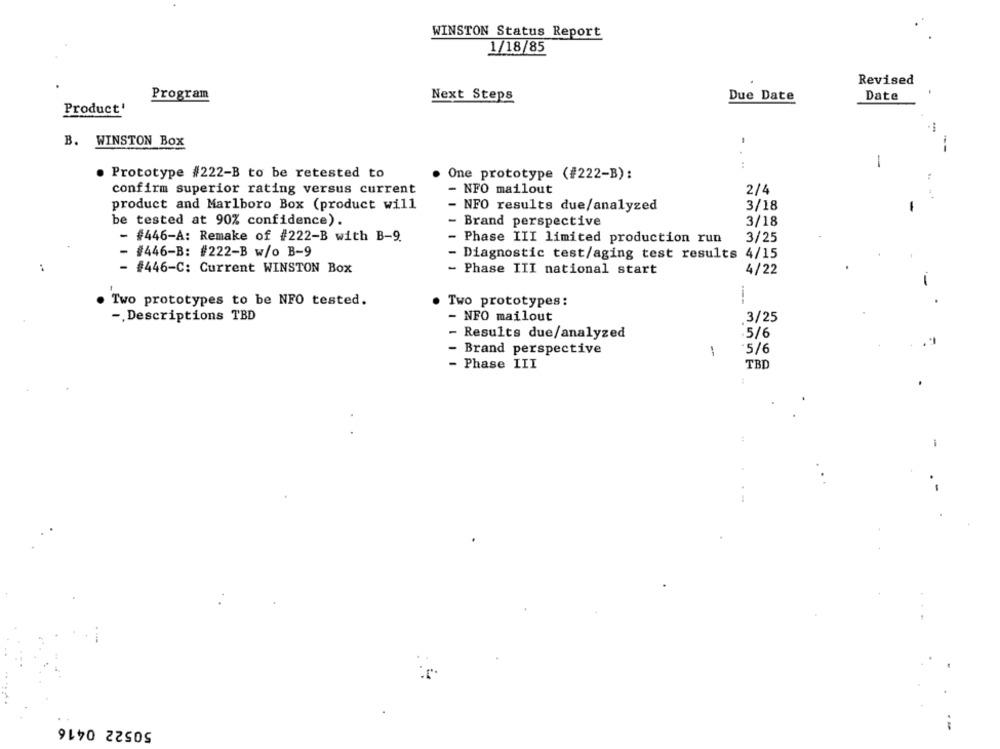
WINSTON Status Report
1/18/85
Revised
Program
Next Steps
Due Date
Date
Product'
B. WINSTON Box
-
. Prototype #222-B to be retested to
One prototype (#222-B):
confirm superior rating versus current
- NFO mailout
2/4
product and Marlboro Box (product will
NFO results due/analyzed
3/18
-
be tested at 90% confidence).
Brand perspective
3/18
- #446-A: Remake of #222-B with B-9.
Phase III limited production run
3/25
#446-B: #222-B w/o B-9
4/15
Diagnostic test/aging test results
- #446-C: Current WINSTON Box
- Phase III national start
4/22
-
. Two prototypes to be NFO tested.
Two prototypes:
-, Descriptions TBD
- NFO mailout
3/25
- Results due/analyzed
5/6
- Brand perspective
-
5/6
- Phase III
TBD
50522 0416